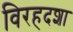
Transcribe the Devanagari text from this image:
विरहदशा